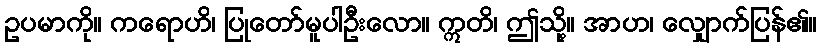
ဥပမာကို။ ကရောဟိ၊ ပြုတော်မူပါဦးလော။ ဣတိ၊ ဤသို့။ အာဟ၊ လျှောက်ပြန်၏။